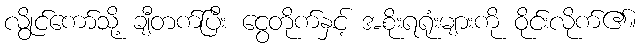
လွိုင်ကော်သို့ ချီတက်ပြီး ငွေတိုက်နှင့် အစိုးရရုံးများကို ဝိုင်းလိုက်၏။